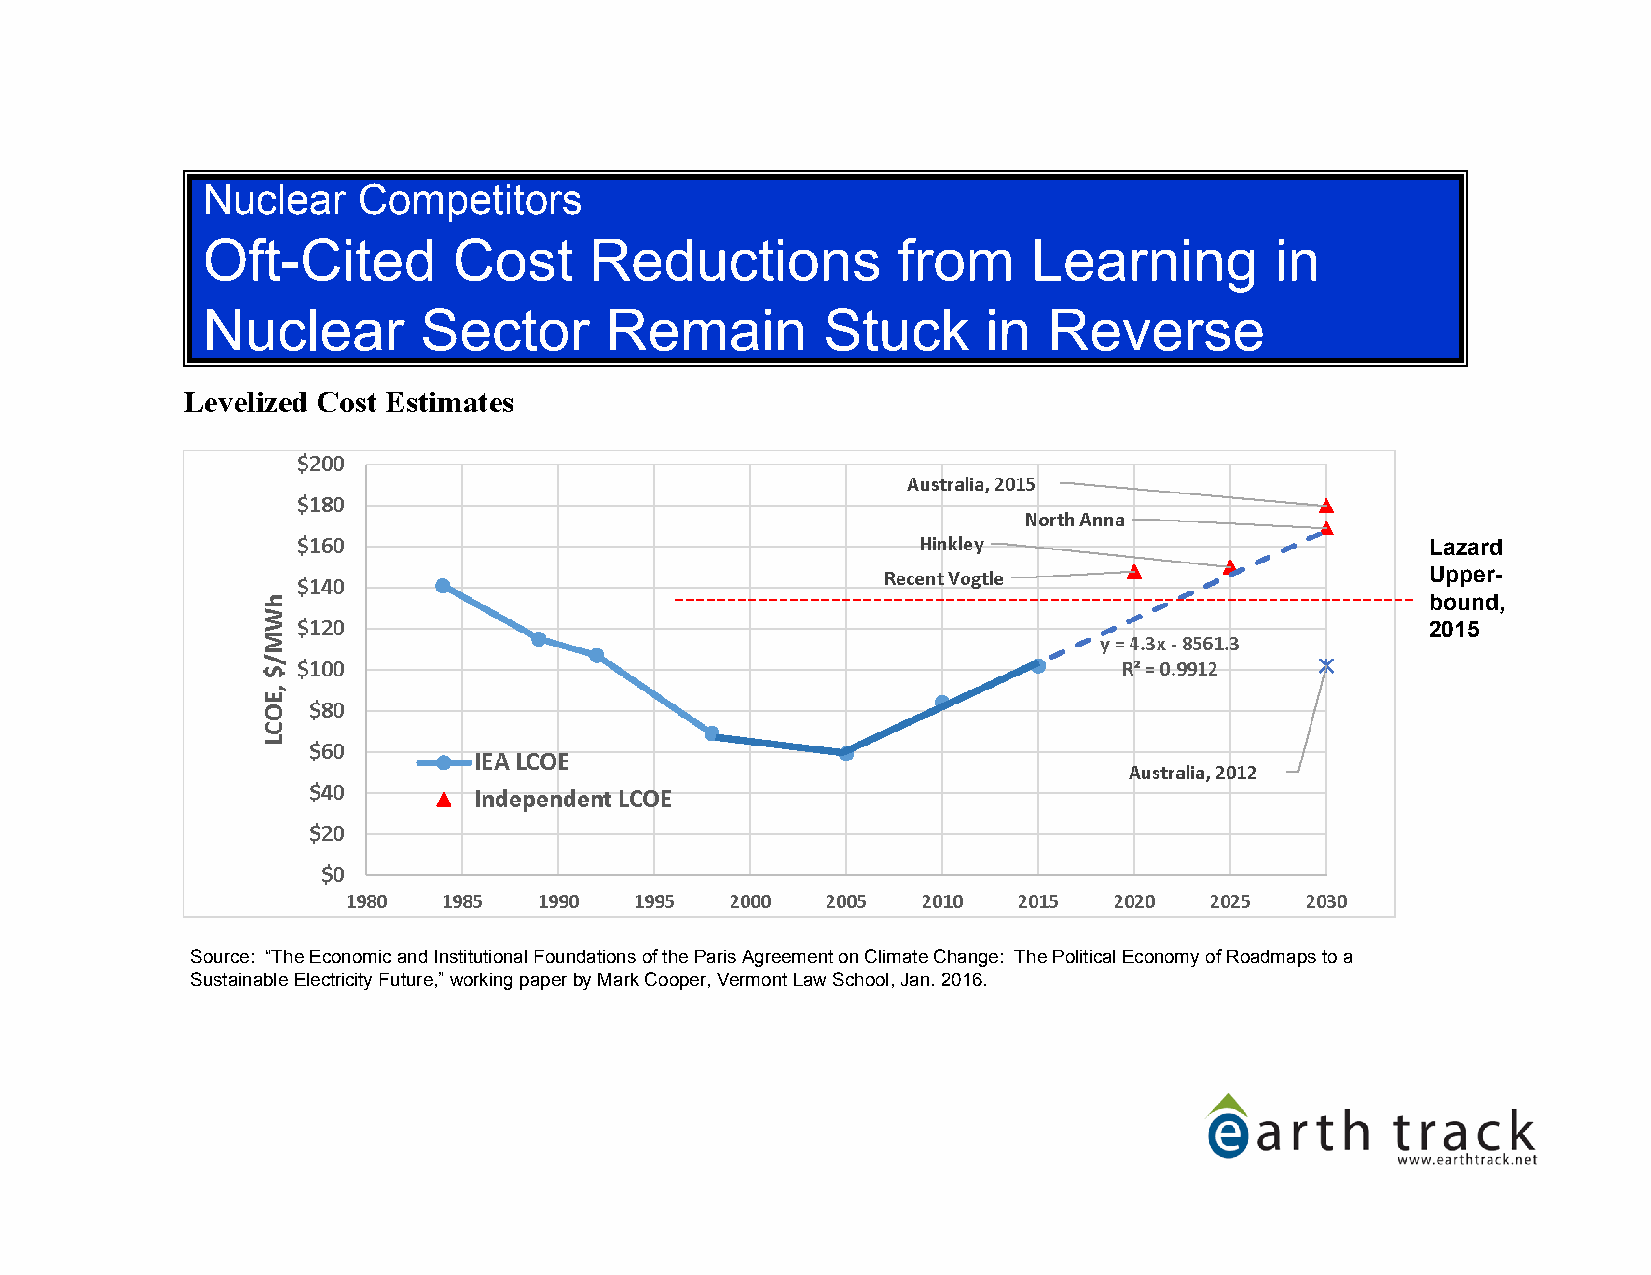
Nuclear    Competitors
 Oft-Cited        Cost     Reductions          from     Learning        in
 Nuclear        Sector      Remain        Stuck      in  Reverse
 Lazard
 Upper-
 bound,
 2015
 Source: “The Economic and Institutional Foundations of the Paris Agreement on Climate Change: The Political Economy of Roadmaps to a
 Sustainable Electricity Future,” working paper by Mark Cooper, Vermont Law School, Jan. 2016.